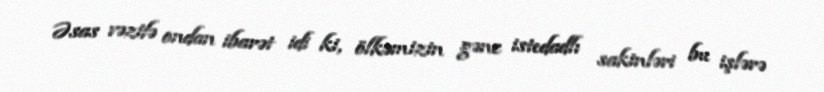
Əsas vəzifə ondan ibarət idi ki, ölkəmizin gənc istedadlı sakinləri bu işlərə